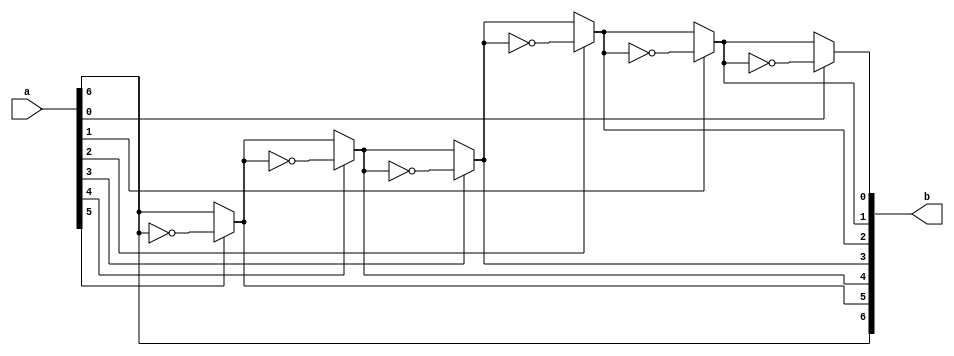
module grayTObin(input [n-1:0]a,output [n-1:0]b);
parameter n=7;
integer i;
reg [n-2:0]temp;
assign b[n-1]=a[n-1]; //assign MSB
assign b[n-2:0]=temp;
always @(a or b) begin
for(i=n-2;i>=0;i=i-1) begin
	if(a[i]==1) begin
		temp[i]=~b[i+1];
	end
	else	begin
		temp[i]=b[i+1];
	end
	//temp[i]=(a[i]==1)(~temp[i+1]) : temp[i+1];
end
end
endmodule